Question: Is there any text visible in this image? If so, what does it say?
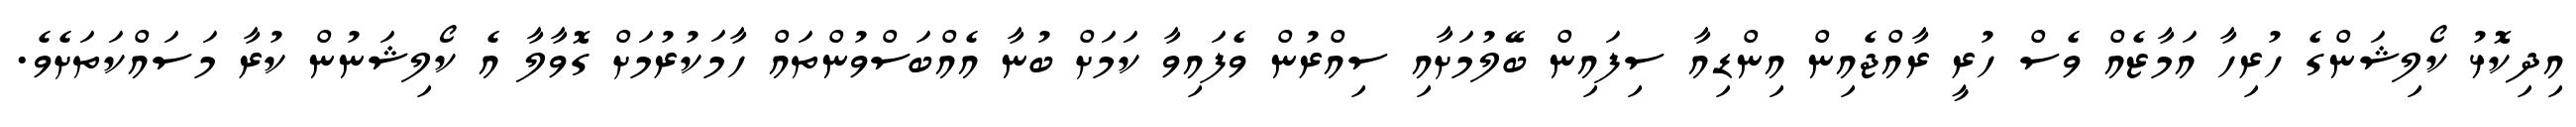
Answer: އިދިކޮޅު ކޯލިޝަންގެ ހުރިހާ އަމާޒެއް ވެސް ހުރީ ރާއްޖެއިން އިންޑިއާ ސިފައިން ބޭލުމަށާއި ސިއްރުން ވެފައިވާ ކަމަށް ބުނާ އެއްބަސްވުންތައް ހާމަކުރުމަށް ގޮވާލާ އެ ކޯލިޝަނުން ކުރާ މަސައްކަތަށެވެ.